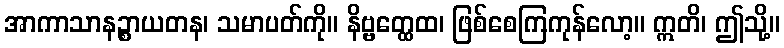
အာကာသာနဉ္စာယတန၊ သမာပတ်ကို။ နိဗ္ဗတ္ထေထ၊ ဖြစ်စေကြကုန်လော့။ ဣတိ၊ ဤသို့။